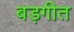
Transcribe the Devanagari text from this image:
बड़गीत